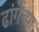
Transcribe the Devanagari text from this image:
ढांगेच्या